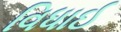
વિધાઈ